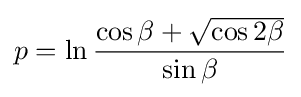
p=\ln {\frac {\cos \beta +{\sqrt {\cos 2\beta }}}{\sin \beta }}